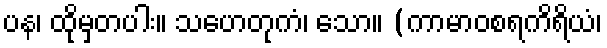
ပန၊ ထိုမှတပါး။ သဟေတုကံ၊ သော။ (ကာမာဝစရကိရိယံ၊